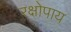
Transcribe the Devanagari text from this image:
रक्षोपाय